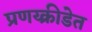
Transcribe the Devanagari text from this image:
प्रणय्क्रीडेत